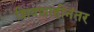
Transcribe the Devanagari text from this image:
शिवशाहीनंतर